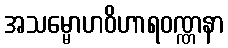
အသမ္မောဟဝိဟာရဝဏ္ဏနာ